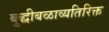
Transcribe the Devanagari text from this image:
बुद्धीबळाव्यतिरिक्त